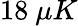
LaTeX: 18~\mu K